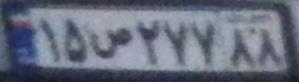
۱۵ص۲۷۷۸۸